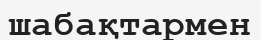
шабақтармен